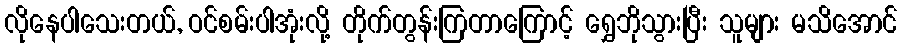
လိုနေပါသေးတယ်, ဝင်စမ်းပါအုံးလို့ တိုက်တွန်းကြတာကြောင့် ရွှေဘိုသွားပြီး သူများ မသိအောင်